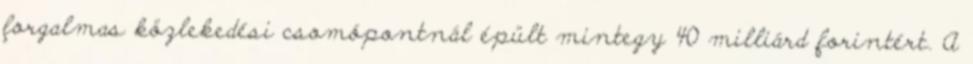
forgalmas közlekedési csomópontnál épült mintegy 40 milliárd forintért. A